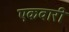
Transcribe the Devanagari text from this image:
एकवारी